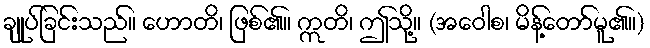
ချုပ်ခြင်းသည်။ ဟောတိ၊ ဖြစ်၏။ ဣတိ၊ ဤသို့။ (အဝေါစ၊ မိန့်တော်မူ၏။)